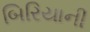
બિરિયાની